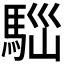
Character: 𩣃